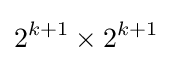
2^{k+1}\times 2^{k+1}